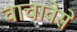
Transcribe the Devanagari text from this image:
वाचावेसे